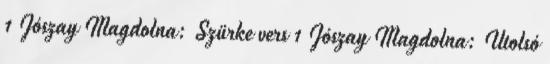
1 Jószay Magdolna: Szürke vers 1 Jószay Magdolna: Utolsó